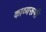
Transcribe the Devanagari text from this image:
काव्यरूपी